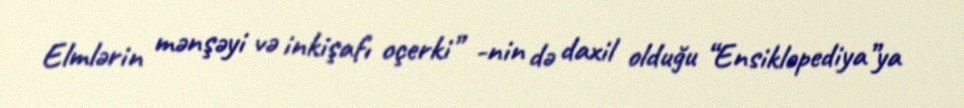
Elmlərin mənşəyi və inkişafı oçerki” -nin də daxil olduğu “Ensiklopediya”ya